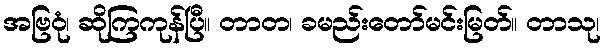
အဗြဝုံ၊ ဆိုကြကုန်ပြီ။ တာတ၊ ခမည်းတော်မင်းမြတ်။ တာသု၊